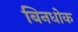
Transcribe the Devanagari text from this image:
बिनधोक